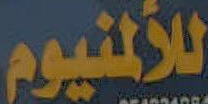
للألمنيوم